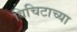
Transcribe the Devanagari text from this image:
विचिटाच्या